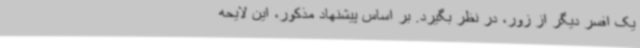
یک افسر دیگر از زور، در نظر بگیرد. بر اساس پیشنهاد مذکور، این لایحه